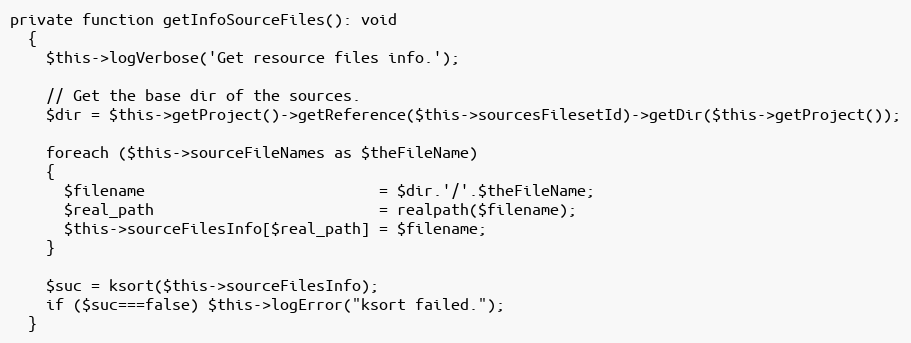
Language: PHP
private function getInfoSourceFiles(): void
  {
    $this->logVerbose('Get resource files info.');

    // Get the base dir of the sources.
    $dir = $this->getProject()->getReference($this->sourcesFilesetId)->getDir($this->getProject());

    foreach ($this->sourceFileNames as $theFileName)
    {
      $filename                          = $dir.'/'.$theFileName;
      $real_path                         = realpath($filename);
      $this->sourceFilesInfo[$real_path] = $filename;
    }

    $suc = ksort($this->sourceFilesInfo);
    if ($suc===false) $this->logError("ksort failed.");
  }